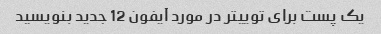
یک پست برای توییتر در مورد آیفون 12 جدید بنویسید